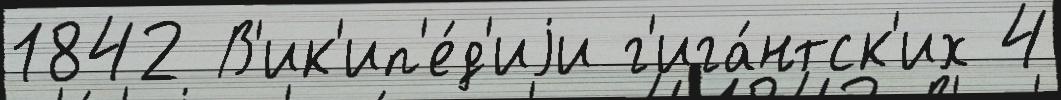
1842 В'ик'ип'е́д'иjи г'ига́нтск'их 4